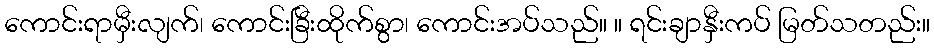
ကောင်းရာမှီးလျက်၊ ကောင်းခြီးထိုက်စွာ၊ ကောင်းအပ်သည်။ ။ ရင်းချာနှီးကပ် မြတ်သတည်း။